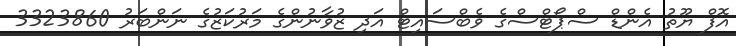
އޮފް ޔޫތު އެންޑް ސްޕޯޓްސްގެ ވެބްސައިޓް އަދި ޒުވާނުންގެ މަރުކަޒުގެ ނަންބަރު 3323860